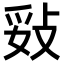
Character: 𢼻